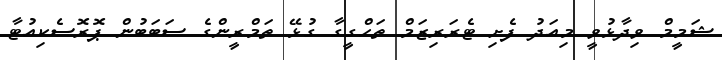
ޝަމީމް ވިދާޅުވީ މިއަދު ފެށި ޓެރަރިޒަމް ތަހްގީގާ ގުޅޭ ތަމްރީންގެ ސަބަބުން ޕޮރޮސެކިއުޓާ